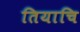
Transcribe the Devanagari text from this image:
तियाचि